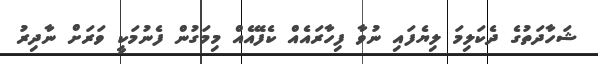
ޝަހާދަތުގެ ދެކަލިމަ ލިޔެފައި ނުވާ ފިހާރައެއް ކެފޭއެއް މިމަގުން ފެނުމަކީ ވަރަށް ނާދިރު